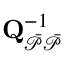
\mathbf { Q } _ { \mathcal { \Bar { P } \Bar { P } } } ^ { - 1 }